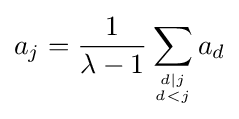
a_{j}={\frac {1}{\lambda -1}}\sum _{d|j \atop d<j}a_{d}